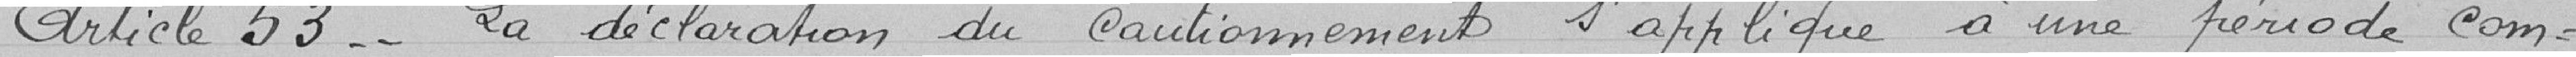
Article 53: La déclaration du cautionnement s'applique d'une période com-